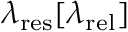
\lambda _ { \mathrm { { r e s } } } [ \lambda _ { \mathrm { { r e l } } } ]